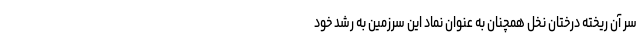
سر آن ریخته درختان نخل همچنان به عنوان نماد این سرزمین به رشد خود